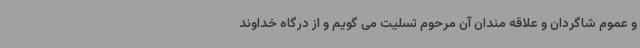
و عموم شاگردان و علاقه مندان آن مرحوم تسلیت می گویم و از درگاه خداوند